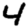
Digit: 4